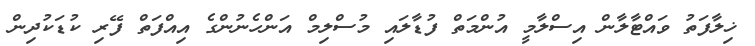
ޚިލާފަތު ވައްޓާލާން އިސްލާމީ އުންމަތް ފުޑާލައި މުސްލިމް އަންހެނުންގެ އިއްފަތް ފޭރި ކުޑަކުދިން